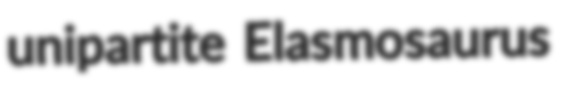
unipartite Elasmosaurus